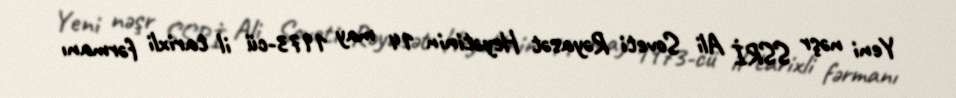
Yeni nəşr SSRİ Ali Soveti Rəyasət Heyətinin 14 may 1973-cü il tarixli fərmanı